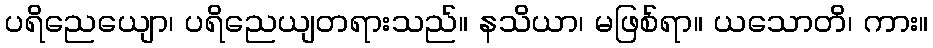
ပရိညေယျော၊ ပရိညေယျတရားသည်။ နသိယာ၊ မဖြစ်ရာ။ ယသောတိ၊ ကား။